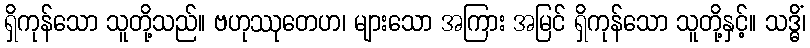
ရှိကုန်သော သူတို့သည်။ ဗဟုဿုတေဟ၊ များသော အကြား အမြင် ရှိကုန်သော သူတို့နှင့်။ သဒ္ဓိံ၊